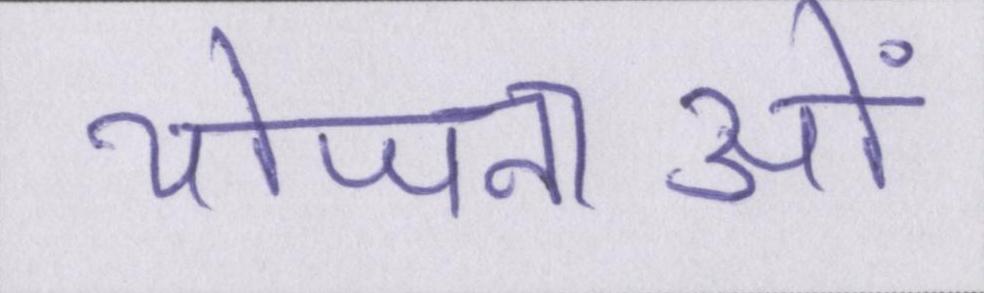
योजनाओं